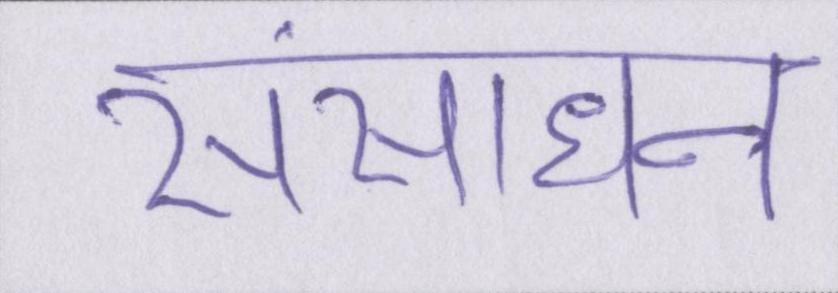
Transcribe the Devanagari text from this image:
संसाधन